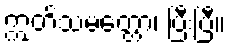
ဣတိသမတ္တော၊ ပြီးပြီ။